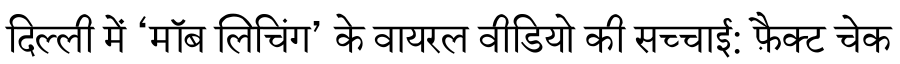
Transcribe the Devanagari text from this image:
दिल्ली में ‘मॉब लिचिंग’ के वायरल वीडियो की सच्चाई: फ़ैक्ट चेक